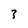
Character: 3